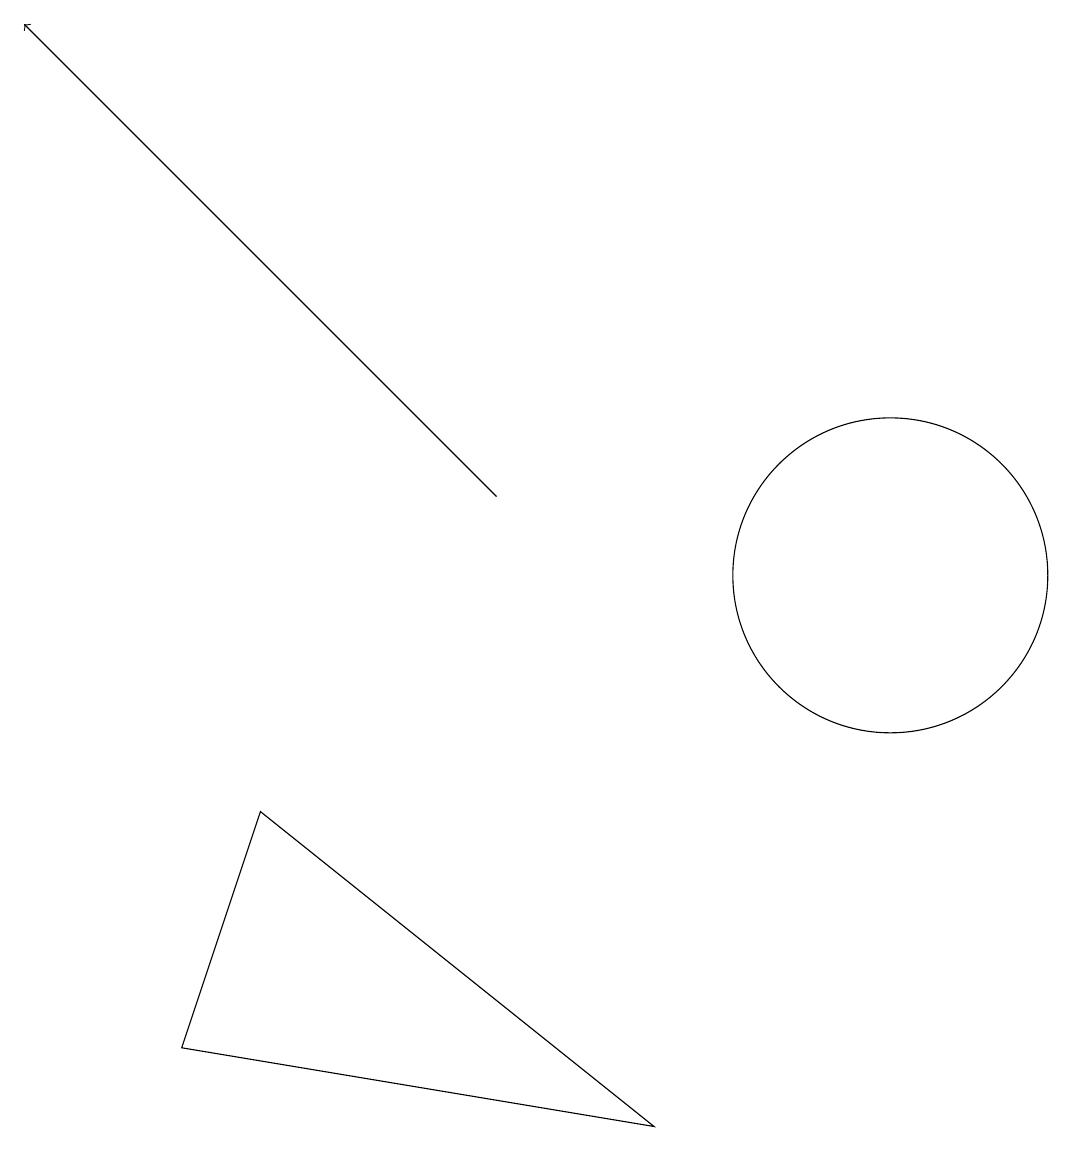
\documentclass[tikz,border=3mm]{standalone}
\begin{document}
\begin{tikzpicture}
\draw (11,10) circle (2);
\draw[->] (6,11) -- (0,17);
\draw (3,7) -- (8,3) -- (2,4) -- cycle;
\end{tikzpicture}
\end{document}